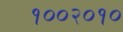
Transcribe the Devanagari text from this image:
१००२०१०